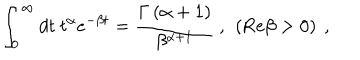
LaTeX: \int _ { 0 } ^ { \infty } d t \ t ^ { \alpha } e ^ { - \beta t } = { \frac { \Gamma \left( \alpha + 1 \right) } { \beta ^ { \alpha + 1 } } } \ , \ \left( \mathrm { R e } \beta > 0 \right) \ ,